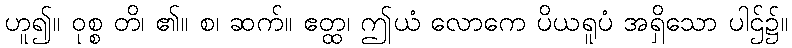
ဟူ၍။ ဝုစ္စ တိ၊ ၏။ စ၊ ဆက်။ ဧတ္ထ၊ ဤယံ လောကေ ပိယရူပံ အရှိသော ပါဌ်၌။